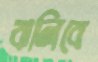
ঝলিবে